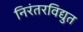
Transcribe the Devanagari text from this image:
निरंतरविद्युत